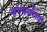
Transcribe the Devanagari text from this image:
नवप्रर्वतक